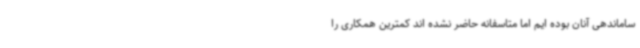
ساماندهی آنان بوده ایم اما متاسفانه حاضر نشده اند کمترین همکاری را